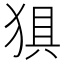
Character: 𰡗